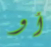
أو